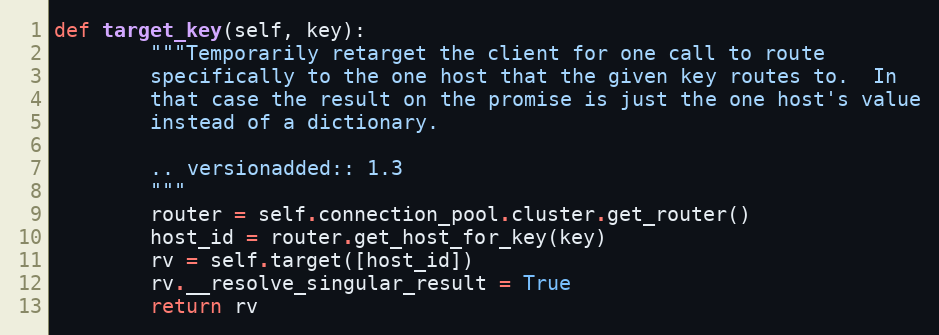
Language: Python
def target_key(self, key):
        """Temporarily retarget the client for one call to route
        specifically to the one host that the given key routes to.  In
        that case the result on the promise is just the one host's value
        instead of a dictionary.

        .. versionadded:: 1.3
        """
        router = self.connection_pool.cluster.get_router()
        host_id = router.get_host_for_key(key)
        rv = self.target([host_id])
        rv.__resolve_singular_result = True
        return rv